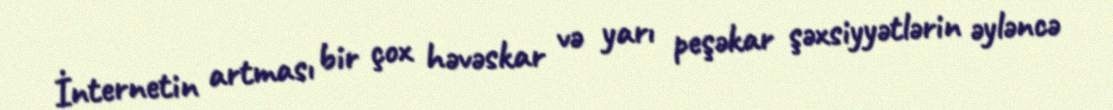
İnternetin artması bir çox həvəskar və yarı peşəkar şəxsiyyətlərin əyləncə